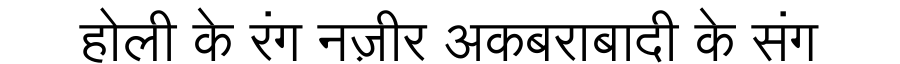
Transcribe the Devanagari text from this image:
होली के रंग नज़ीर अकबराबादी के संग